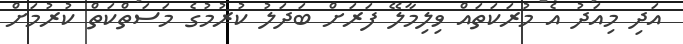
އަދި މިއަދު އެ މުރަކަތައް ވިލިމާލޭ ފަރަށް ބަދަލު ކުރުމުގެ މަސަތްކަތް ކުރުމަށް